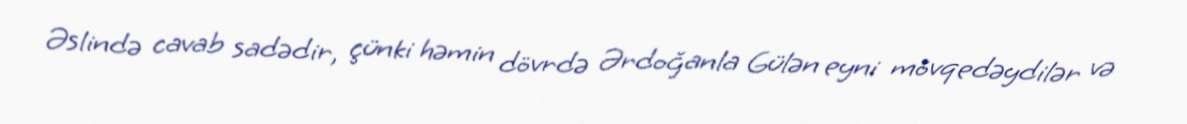
Əslində cavab sadədir, çünki həmin dövrdə Ərdoğanla Gülən eyni mövqedəydilər və